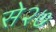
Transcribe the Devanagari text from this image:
से२७